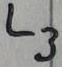
Text: L3